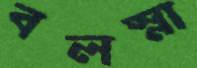
বলস্না